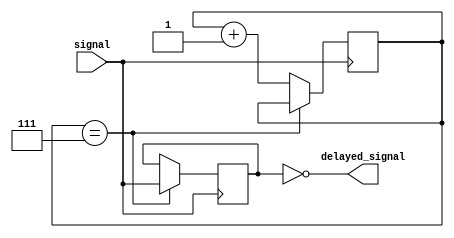
module inverter_delay (
    input signal,
    output delayed_signal
);

reg [2:0] delay_counter;
reg synchronized_signal;

always @ (posedge signal) begin
    if (delay_counter == 3'b111) begin
        synchronized_signal <= signal;
    end else begin
        delay_counter <= delay_counter + 1;
    end
end

assign delayed_signal = ~synchronized_signal;

endmodule